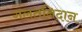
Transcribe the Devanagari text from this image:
गलतनिदान